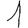
Digit: 1